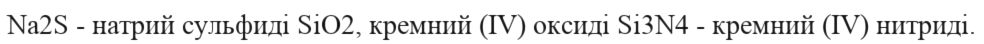
Na2S - натрий сульфиді SiO2, кремний (IV) оксиді Si3N4 - кремний (IV) нитриді.